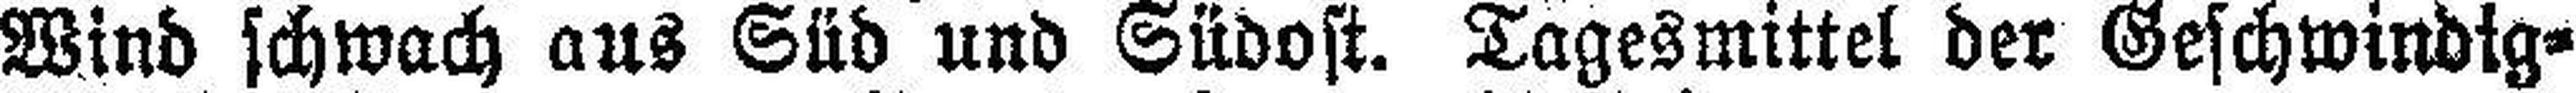
Wind schwach aus Süd und Südost. Tagesmittel der Geschwindig¬